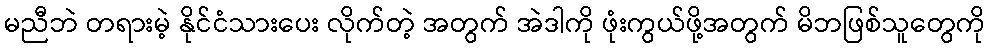
မညီဘဲ တရားမဲ့ နိုင်ငံသားပေး လိုက်တဲ့ အတွက် အဲဒါကို ဖုံးကွယ်ဖို့အတွက် မိဘဖြစ်သူတွေကို